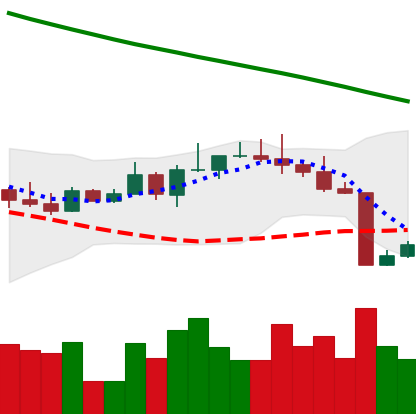
Ticker: BTC-USD
Chart end date: 2022-08-21
Forward return: -5.917%
Label: down_5_7